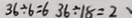
3 6 \div 6 = 6 3 6 \div 1 8 = 2